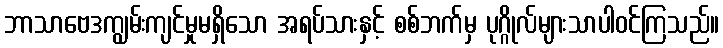
ဘာသာဗေဒကျွမ်းကျင်မှုမရှိသော အရပ်သားနှင့် စစ်ဘက်မှ ပုဂ္ဂိုလ်များသာပါဝင်ကြသည်။